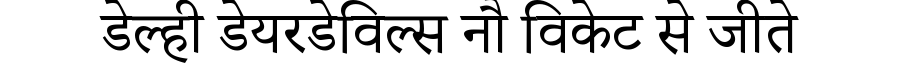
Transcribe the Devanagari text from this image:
डेल्ही डेयरडेविल्स नौ विकेट से जीते